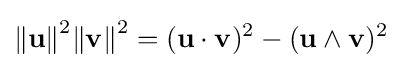
{\Vert \mathbf {u} \Vert }^{2}{\Vert \mathbf {v} \Vert }^{2}=({\mathbf {u} \cdot \mathbf {v} })^{2}-(\mathbf {u} \wedge \mathbf {v} )^{2}